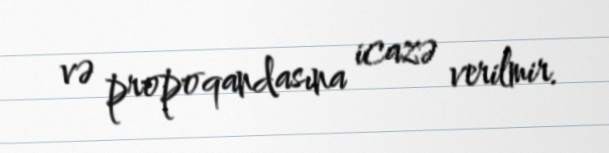
və propoqandasına icazə verilmir.